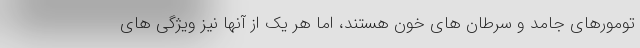
تومورهای جامد و سرطان های خون هستند، اما هر یک از آنها نیز ویژگی های